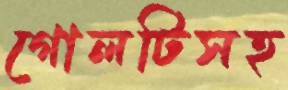
গোলটিসহ